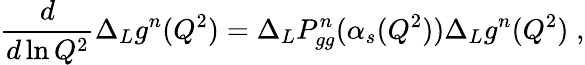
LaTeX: \frac{d}{d\ln Q^{2}}\Delta_{L}g^{n}(Q^{2})=\Delta_{L}P_{gg}^{n}(\alpha_{s}(Q^{2}))\Delta_{L}g^{n}(Q^{2})\; ,